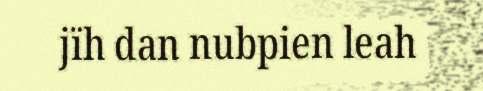
jïh dan nubpien leah